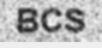
BCS